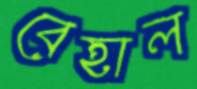
বেহাল